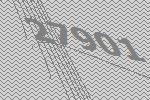
27901